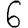
Digit: 6